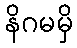
နိဂမမှိ